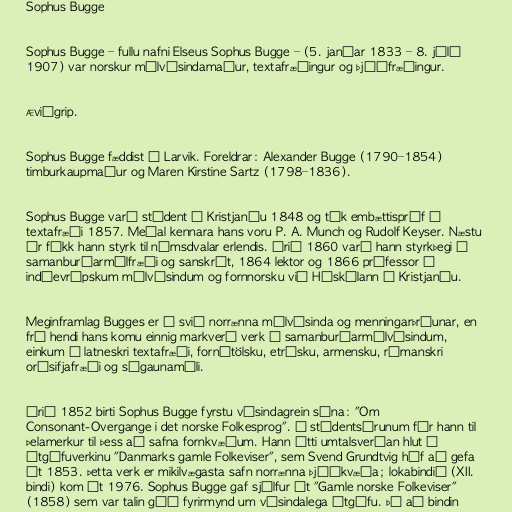
Sophus Bugge

Sophus Bugge – fullu nafni Elseus Sophus Bugge – (5. janúar 1833 – 8. júlí
1907) var norskur málvísindamaður, textafræðingur og þjóðfræðingur.

Æviágrip.

Sophus Bugge fæddist í Larvik. Foreldrar: Alexander Bugge (1790–1854)
timburkaupmaður og Maren Kirstine Sartz (1798–1836).

Sophus Bugge varð stúdent í Kristjaníu 1848 og tók embættispróf í
textafræði 1857. Meðal kennara hans voru P. A. Munch og Rudolf Keyser. Næstu
ár fékk hann styrk til námsdvalar erlendis. Árið 1860 varð hann styrkþegi í
samanburðarmálfræði og sanskrít, 1864 lektor og 1866 prófessor í
indóevrópskum málvísindum og fornnorsku við Háskólann í Kristjaníu.

Meginframlag Bugges er á svið norrænna málvísinda og menningarþróunar, en
frá hendi hans komu einnig markverð verk í samanburðarmálvísindum,
einkum í latneskri textafræði, fornítölsku, etrúsku, armensku, rómanskri
orðsifjafræði og sígaunamáli.

Árið 1852 birti Sophus Bugge fyrstu vísindagrein sína: "Om
Consonant-Overgange i det norske Folkesprog". Á stúdentsárunum fór hann til
Þelamerkur til þess að safna fornkvæðum. Hann átti umtalsverðan hlut í
útgáfuverkinu "Danmarks gamle Folkeviser", sem Svend Grundtvig hóf að gefa
út 1853. Þetta verk er mikilvægasta safn norrænna þjóðkvæða; lokabindið (XII.
bindi) kom út 1976. Sophus Bugge gaf sjálfur út "Gamle norske Folkeviser"
(1858) sem var talin góð fyrirmynd um vísindalega útgáfu. Þó að bindin